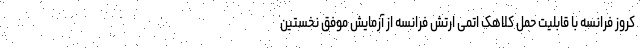
کروز فرانسه با قابلیت حمل کلاهک اتمی ارتش فرانسه از آزمایش موفق نخستین